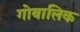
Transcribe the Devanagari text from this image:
गोबालिक